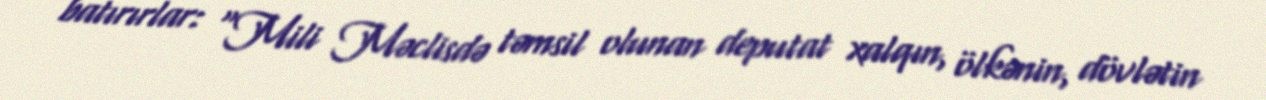
batırırlar: “Mili Məclisdə təmsil olunan deputat xalqın, ölkənin, dövlətin